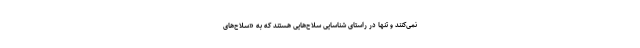
نمی‌کنند و تنها در راستای شناسایی سلاح‌هایی هستند که به «سلاح‌های